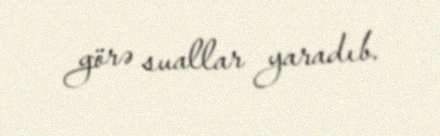
görə suallar yaradıb.